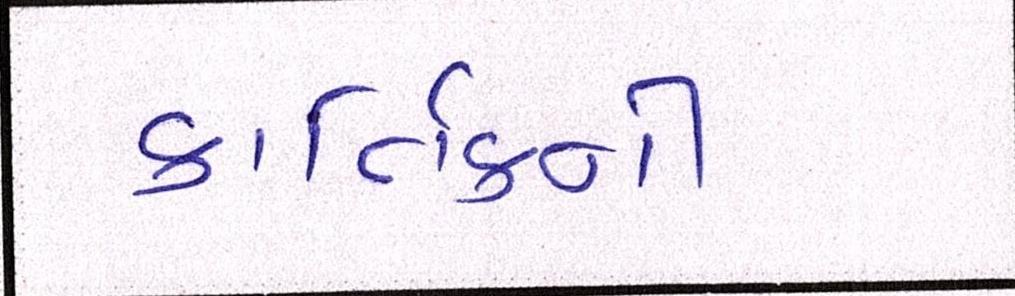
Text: કાર્તિકની